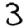
Digit: 3